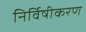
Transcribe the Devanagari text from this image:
निर्विषीकरण